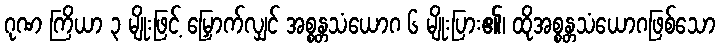
ဂုဏ ကြိယာ ၃ မျိုးဖြင့် မြှောက်လျှင် အစ္စန္တသံယောဂ ၆ မျိုးပြား၏၊ ထိုအစ္စန္တသံယောဂဖြစ်သော